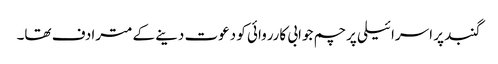
گنبد پر اسرائیلی پرچم جوابی کارروائی کو دعوت دینے کے مترادف تھا۔